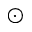
\odot